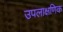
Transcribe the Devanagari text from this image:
उपलाक्षणिक